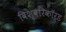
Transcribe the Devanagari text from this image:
विश्वरिकॉर्ड